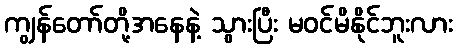
ကျွန်တော်တို့အနေနဲ့ သွားပြီး မဝင်မိနိုင်ဘူးလား